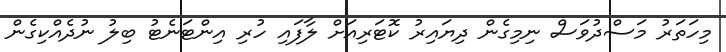
މިހަތަރު މަސްދުވަސް ނިމިގެން ދިޔައިރު ކޮޓަރިއަށް ލާފައި ހުރި އިންޓަނެޓު ބިލު ނުދެއްކިގެން